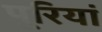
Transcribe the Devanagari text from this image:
पूरियां